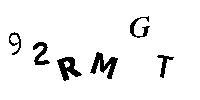
92RMGT